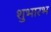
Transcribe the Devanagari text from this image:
शुभारभ